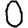
Digit: 0